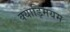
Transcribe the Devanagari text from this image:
क्याड्मियम